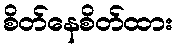
စိတ်နေစိတ်ထား